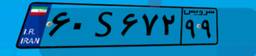
۳۳S۵۶۰۹۷